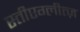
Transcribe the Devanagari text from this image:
स्तीएग्लीत्ज़